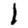
Digit: 1